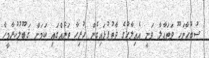
ސުބުޙާނަހޫ ވަތަޢާލާ ވަނީ އެއިލާހުގެ ޛާތުފުޅައިގެން ހުރިހާ ތަނެއްގައި ކަމަށް ޤަބޫލުކުރާމީހާ